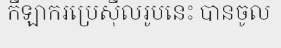
កីឡាករប្រេស៊ីលរូបនេះ បានចូល